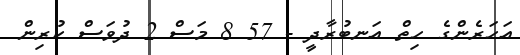
އަހަރެންގެ ހިތް އަނބުރާދީ - 57 8 މަސް 2 ދުވަސް ކުރިން